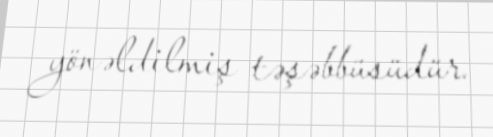
yönəldilmiş təşəbbüsüdür.